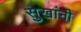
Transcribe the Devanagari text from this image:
सुखांनी